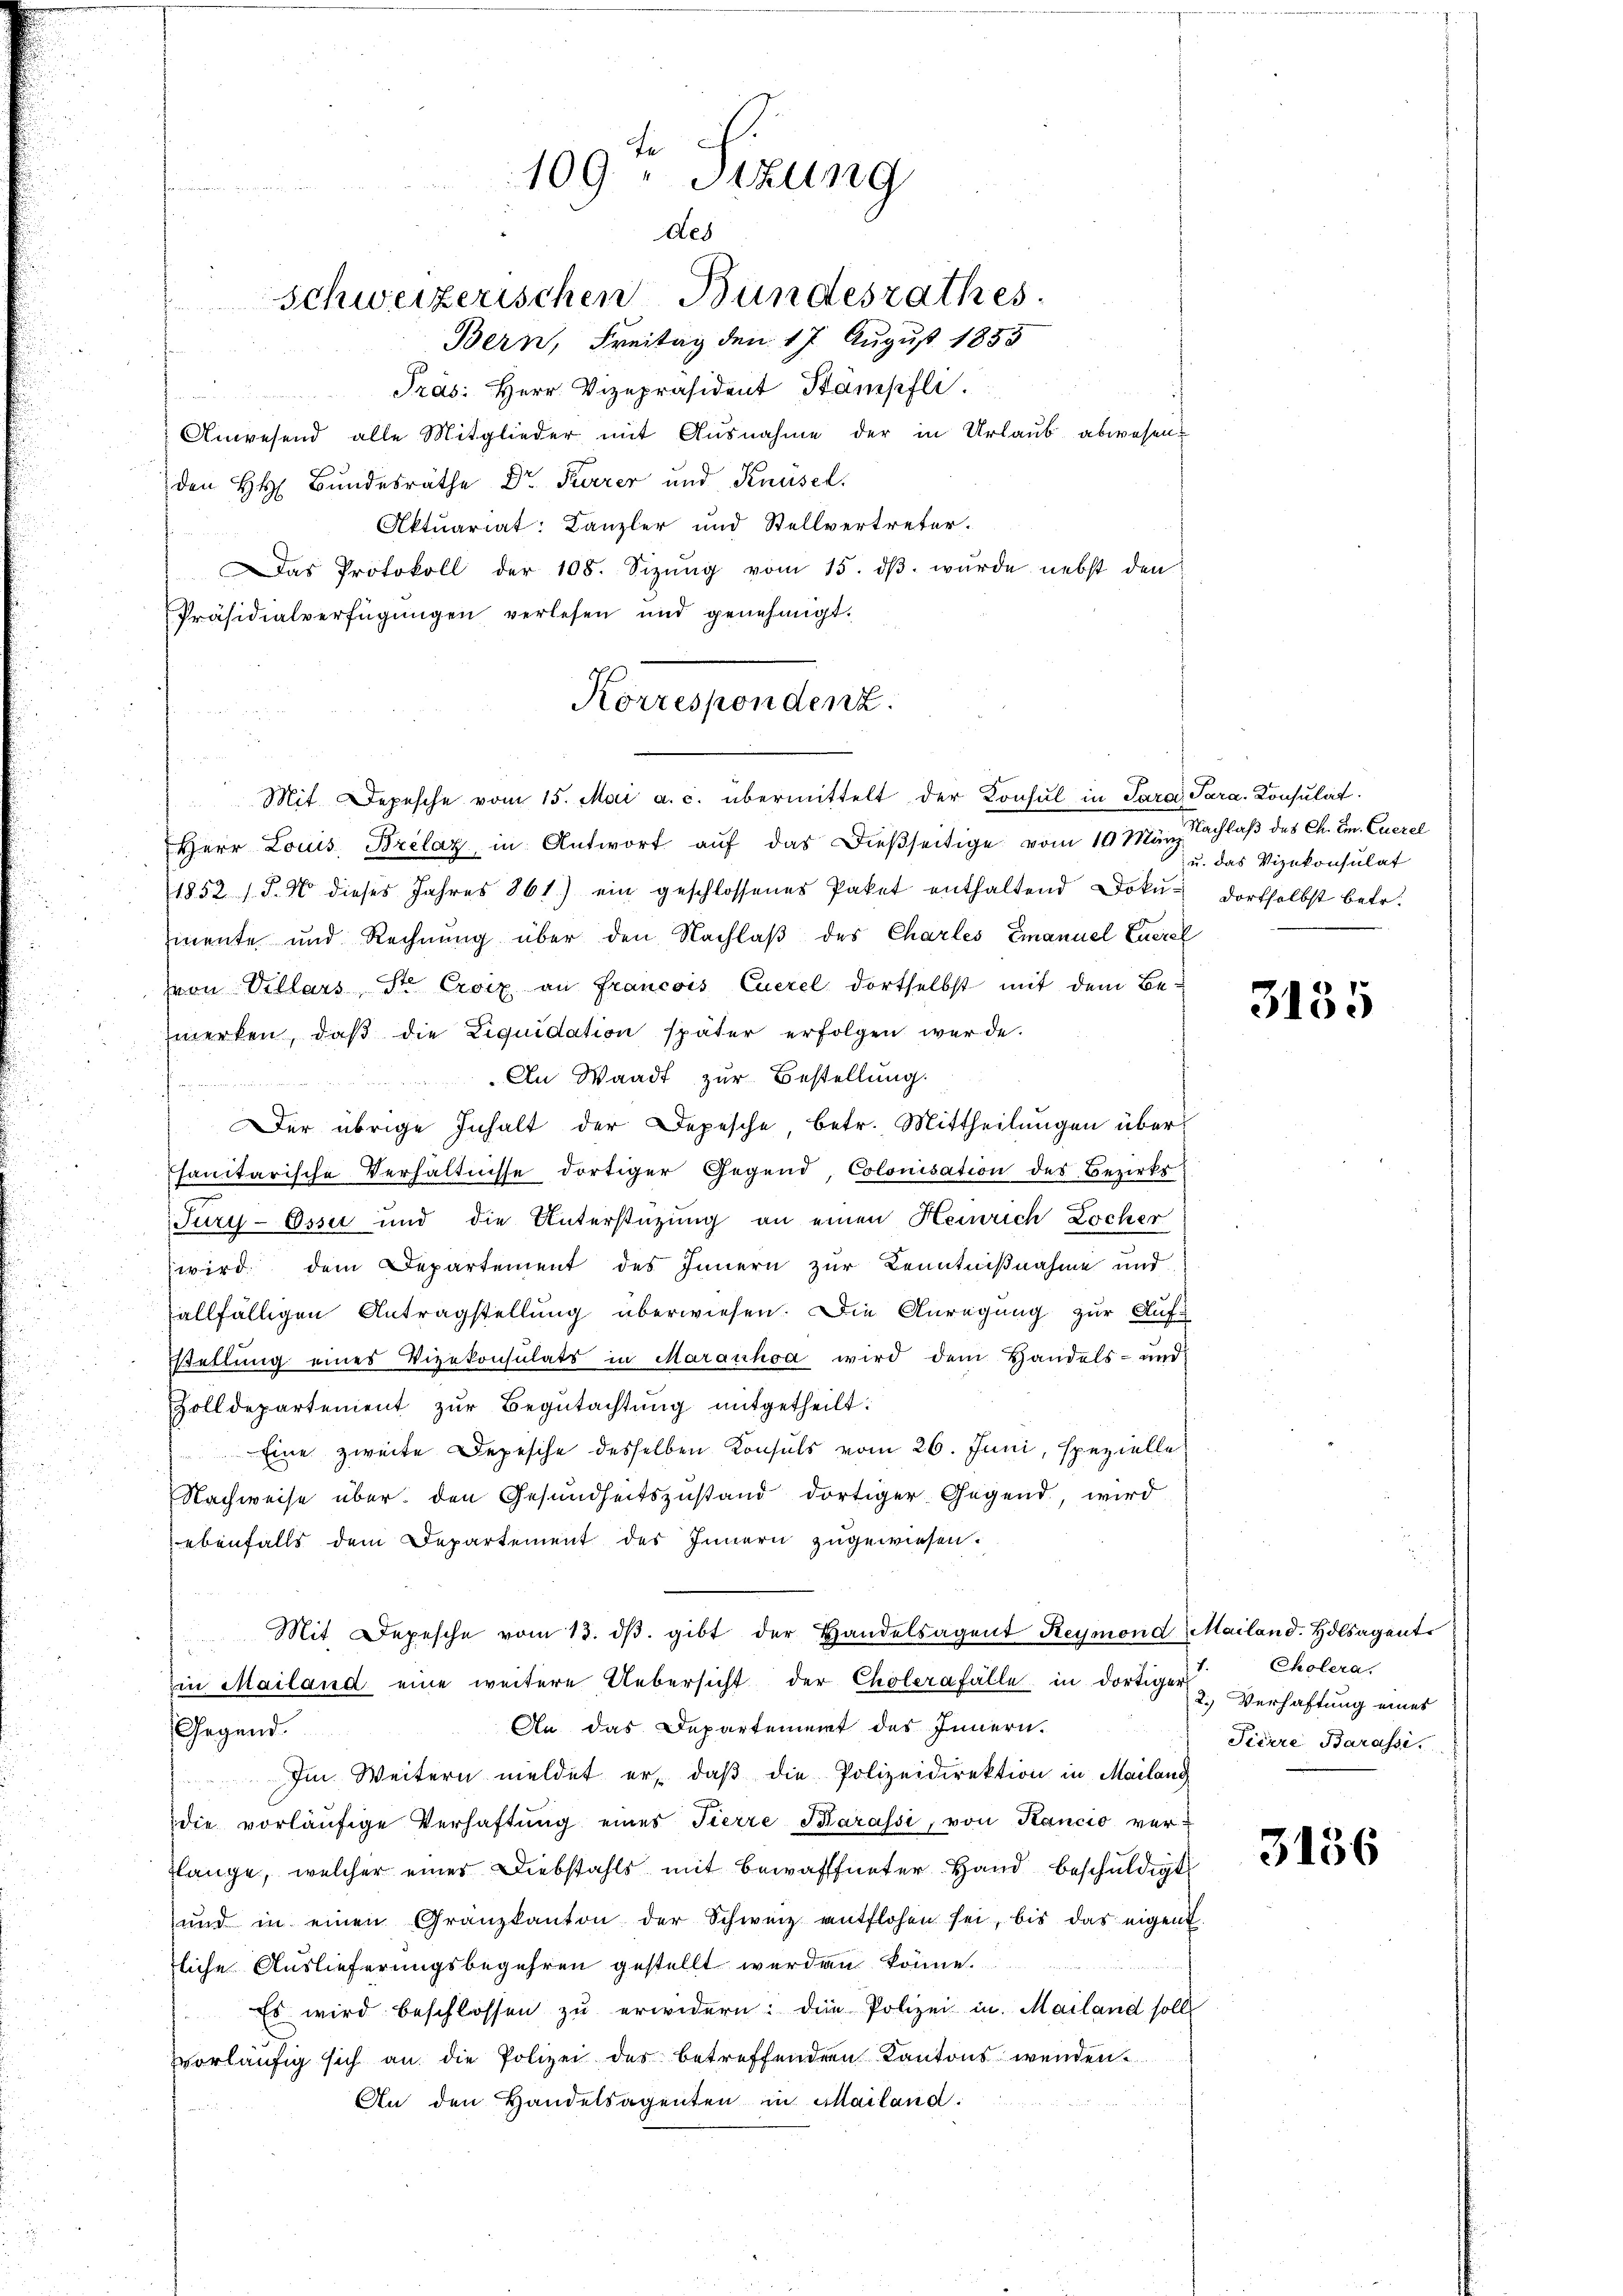
Schweizerischen Bundesrathes
Bern, Freitag den 17. August 1855
Pras: Herr Vizepräsident Stämpfli
n
Anwesend alle Mitglieder mit Ausnahme der in Urlaub abwesen.
den H. Bundesräthe Dr. Karrer und Knüsel.
Aktuariat: Kanzler und Stellvertreter-
Das Protokoll der 108. Sizŭng vom 15. dβ. wŭrde nebst den
Präsidialverfügungen verlesen und genehmigt.
Herr Louis Brelaz, in Antwort auf das dießseitige vom 10. März
1852 s. S. 4 dieses Jahres 861) ein geschlossenes Paket enthaltend Doku- dortselbst betr.
mente und Rechnŭng über den Nachlaβ des Charles Emanuel Euerel
von Villars St. Croix an Francois Euerel dortselbst mit dem Bemerken, daß die Liquidation später erfolgen werde.
An Waadt zur Bestellung.
Der übrige Inhalt der Depesche, betr. Mittheilungen übersanitarische Verhältnisse dortiger Gegend, Colonisation des Bezirks
Jury-Essi und die Unterstützung an einen Heinrich Locher
wird dem Departement des Innern zur Kenntnißnahme und
allfälligen Antragstellung überwiesen. Die Anregung zur Aufstellung eines Vizekonsulats in Maranhoa wird dem Handels- und
Zolldepartement zŭr Begutachtung mitgetheilt:
Eine zweite Depesche desselben Konsuls vom 26. Juni, spezielle
Nachweise über den Gesundheitszustand dortiger Gegend, wird
ebenfalls dem Departement des Innern zugewiesen.
Mit Depesche vom 13. dβ. gibt der Handelsagent Reymond Mailand. Holsagent
in Mailand eine weitere Uebersicht der Cholerafälle in dortiger
An das Departement des Innern.
Gegend.
Im Weitern meldet er, daβ die Polizeidirektion in Mailang
die vorläŭfige Verhaftung eines Tierre Sarassi, von Kancio ver-
lange, welcher eines Diebstahls mit bewaffneter Hand beschuldigt
und in einen Granzkanton der Schweiz entflohen sei, bis das eigent
liche Auslieferungsbegehren gestellt werden könne.
Es wird beschlossen zŭ erwidern: den Polizei in Mailand soll
vorläufig sich an die Polizei des betreffenden Kantons wendene
An den Handelsagenten in Mailand:

te
109. Sitzung
des

Korrespondenz.
Mit. Depesche vom 15. Mai a. c. übermittelt der Konsul in Sara Para. Konsulat

Nachlaß des Ch. E. Euerel
u. das Vizekonsulat

3135

Cholera.
2.) Verhaftung eines
Tiiere Barassi

3156